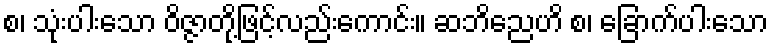
စ၊ သုံးပါးသော ဝိဇ္ဇာတို့ဖြင့်လည်းကောင်း။ ဆဘိညေဟိ စ၊ ခြောက်ပါးသော